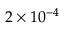
2 \times 1 0 ^ { - 4 }